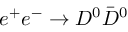
e ^ { + } e ^ { - } \to D ^ { 0 } \bar { D } ^ { 0 }